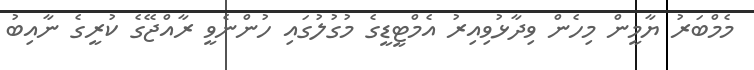
މެމްބަރު ޔާމީން މިހެން ވިދާޅުވިއިރު އެމްޓީޑީގެ މުގުލުގައި ހުންނެވީ ރާއްޖޭގެ ކުރީގެ ނާއިބު